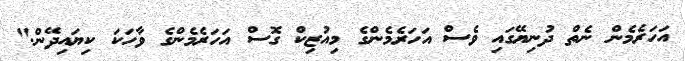
އަހަރެމެން ނެތް ދުނިޔޭގައި ވެސް އަހަރެމެންގެ މިއުޒިކް ގޮސް އަހަރެމެންގެ ވާހަކަ ކިޔައިދޭން."